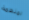
لمنظمة